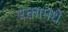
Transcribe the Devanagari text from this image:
रक्तामधे